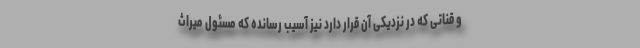
و قناتی که در نزدیکی آن قرار دارد نیز آسیب رسانده که مسئول میراث